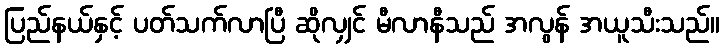
ပြည်နယ်နှင့် ပတ်သက်လာပြီ ဆိုလျှင် မီလာနီသည် အလွန် အယူသီးသည်။